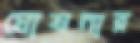
ঘোষনার